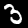
Label: 3